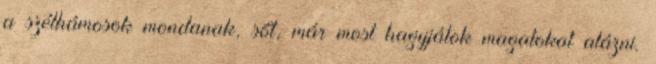
a szélhámosok mondanak, sőt, már most hagyjátok magatokat alázni.